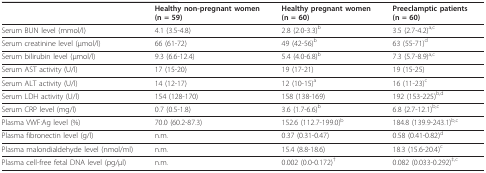
<table><thead><tr><td></td><td><b>Healthy non-pregnant women (n = 59)</b></td><td><b>Healthy pregnant women (n = 60)</b></td><td><b>Preeclamptic patients (n = 60)</b></td></tr></thead><tbody><tr><td>Serum BUN level (mmol/l)</td><td>4.1 (3.5-4.8)</td><td>2.8 (2.0-3.3)<sup>b</sup></td><td>3.5 (2.7-4.2)<sup>a,c</sup></td></tr><tr><td>Serum creatinine level (μmol/l)</td><td>66 (61-72)</td><td>49 (42-56)<sup>b</sup></td><td>63 (55-71)<sup>d</sup></td></tr><tr><td>Serum bilirubin level (μmol/l)</td><td>9.3 (6.6-12.4)</td><td>5.4 (4.0-6.8)<sup>b</sup></td><td>7.3 (5.7-8.9)<sup>a,c</sup></td></tr><tr><td>Serum AST activity (U/l)</td><td>17 (15-20)</td><td>19 (17-21)</td><td>19 (15-25)</td></tr><tr><td>Serum ALT activity (U/l)</td><td>14 (12-17)</td><td>12 (10-15)<sup>a</sup></td><td>16 (11-23)<sup>c</sup></td></tr><tr><td>Serum LDH activity (U/l)</td><td>154 (128-170)</td><td>158 (138-169)</td><td>192 (153-225)<sup>b,d</sup></td></tr><tr><td>Serum CRP level (mg/l)</td><td>0.7 (0.5-1.8)</td><td>3.6 (1.7-6.6)<sup>b</sup></td><td>6.8 (2.7-12.1)<sup>b,c</sup></td></tr><tr><td>Plasma VWF:Ag level (%)</td><td>70.0 (60.2-87.3)</td><td>152.6 (112.7-199.0)<sup>b</sup></td><td>184.8 (139.9-243.1)<sup>b,c</sup></td></tr><tr><td>Plasma fibronectin level (g/l)</td><td>n.m.</td><td>0.37 (0.31-0.47)</td><td>0.58 (0.41-0.82)<sup>d</sup></td></tr><tr><td>Plasma malondialdehyde level (nmol/ml)</td><td>n.m.</td><td>15.4 (8.8-18.6)</td><td>18.3 (15.6-20.4)<sup>c</sup></td></tr><tr><td>Plasma cell-free fetal DNA level (pg/μl)</td><td>n.m.</td><td>0.002 (0.0-0.172)<sup>†</sup></td><td>0.082 (0.033-0.292)<sup>‡,c</sup></td></tr></tbody></table>